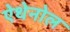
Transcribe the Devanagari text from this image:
ऐथेनोल